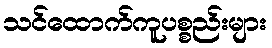
သင်ထောက်ကူပစ္စည်းများ